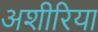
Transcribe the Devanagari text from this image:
अशीरिया